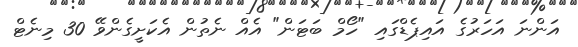
އަންނަ އަހަރުގެ އައިޕެޑްގައި "ހޯމް ބަޓަން" އެއް ނެތުން އެކަށީގެންވޭ 30 މިނެޓް